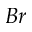
B r